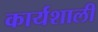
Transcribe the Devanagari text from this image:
कार्यशाली